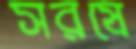
সরষে